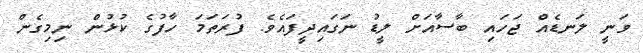
ވަނީ ލަނޑެެއް ޖަހައި ބާސާއަށް ލީޑު ނަގައިދީފައެވެ. ފުރަތަމަ ހާފުގެ ކުޅުން ނިމިގެން